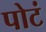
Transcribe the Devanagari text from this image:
पोटं